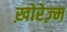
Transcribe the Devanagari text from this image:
ख़ोरेज़्म